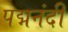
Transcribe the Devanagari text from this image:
पद्मनंदी